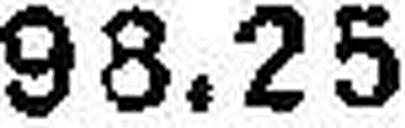
93.25